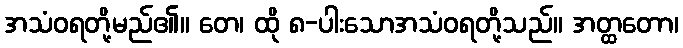
အသံဝရတို့မည်၏။ တေ၊ ထို ၈-ပါးသောအသံဝရတို့သည်။ အတ္ထတော၊